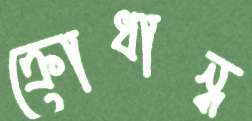
ক্রোধান্ধ